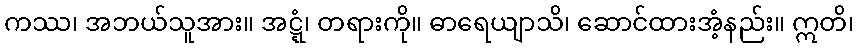
ကဿ၊ အဘယ်သူအား။ အဋ္ဋံ၊ တရားကို။ ဓာရေယျာသိ၊ ဆောင်ထားအံ့နည်း။ ဣတိ၊